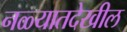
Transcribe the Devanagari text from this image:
नळ्यातदेखील